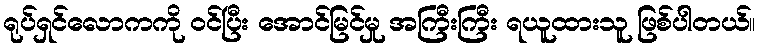
ရုပ်ရှင်လောကကို ဝင်ပြီး အောင်မြင်မှု အကြီးကြီး ရယူထားသူ ဖြစ်ပါတယ်။